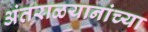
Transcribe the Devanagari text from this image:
अंतराळयानांच्या